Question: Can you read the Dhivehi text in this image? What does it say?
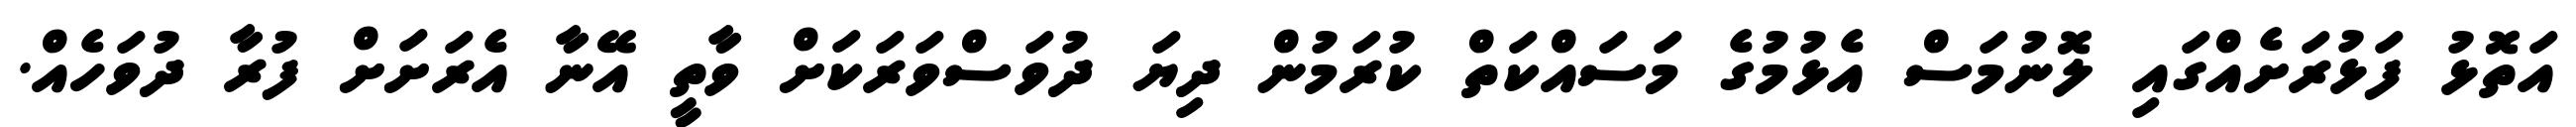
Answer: އަތޮޅު ފަޅުރަށެއްގައި ލޮނުމަސް އެޅުމުގެ މަސައްކަތް ކުރަމުން ދިޔަ ދުވަސްވަރަކަށް ވާތީ އޭނާ އެރަށަށް ފުރާ ދުވަހެއް.